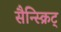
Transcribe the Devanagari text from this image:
सैन्स्क्रिट्